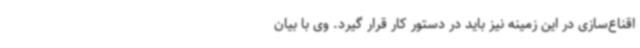
اقناع‌سازی در این زمینه نیز باید در دستور کار قرار گیرد. وی با بیان